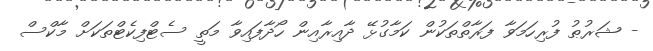
- ޝަރުޠު ފުރިހަމަވާ ފަރާތްތަކުން ކަމާގުޅޭ ދާއިރާއިން ހޯދާފައިވާ މަތީ ސެޓްފިކެޓްތަކަށް މާކްސް